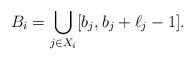
LaTeX: \begin{align*}B_i = \bigcup_{j\in X_i} [b_{j}, b_{j} + \ell_j -1]. \end{align*}